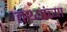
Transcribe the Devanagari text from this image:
तथ्‍यांच्‍या